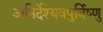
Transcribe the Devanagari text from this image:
अनिर्देश्यवपुर्विष्णु